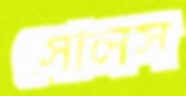
সৌলস